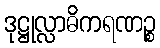
ဒုဋ္ဌုလ္လာဓိကရဏဉ္စ